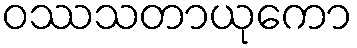
ဝဿသတာယုကော